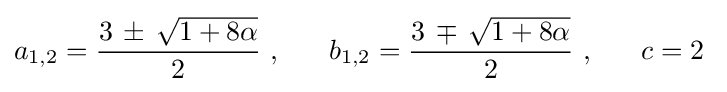
a_{1,2}={\frac {3\,\pm \,{\sqrt {1+8\alpha }}}{2}}\ ,\ \ \ \ \ b_{1,2}={\frac {3\,\mp \,{\sqrt {1+8\alpha }}}{2}}\ ,\ \ \ \ \ c=2\